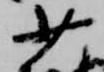
少